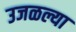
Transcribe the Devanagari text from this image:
उजळल्या